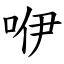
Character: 咿